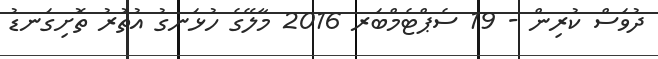
ދުވަސް ކުރިން - 19 ސެޕްޓެމްބަރ 2016 މާލޭގެ ހުޅަނގު އުތުރު ތޮށިގަނޑު